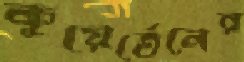
কুয়ের্তেনের